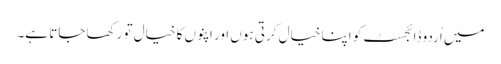
میں اُردو ڈائجسٹ کو اپنا خیال کرتی ہوں اور اپنوں کا خیال تو رکھا جاتا ہے۔